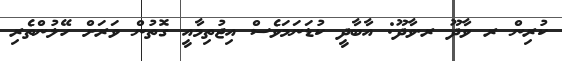
ކުރިން ރ ވާދޫ ރ.ވާދޫ: އާބާދީ ކުޑަނަމަވެސް އިޖުތިމާއީ ގޮތުން ވަރަށް ހޭލުންތެރި